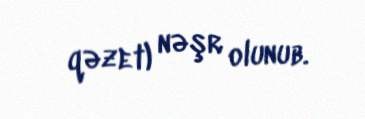
qəzet) nəşr olunub.